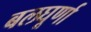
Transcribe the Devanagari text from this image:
बलघूर्णा